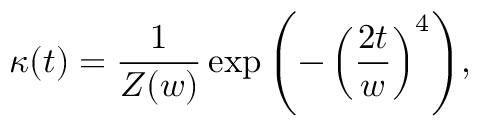
\kappa ( t ) = \frac { 1 } { Z ( w ) } \exp { \left( - \left( \frac { 2 t } { w } \right) ^ { 4 } \right) } ,